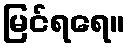
မြင်ရရေ။